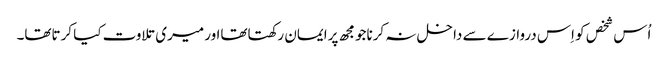
اُس شخص کو اِس دروازے سے داخل نہ کرناجومجھ پرایمان رکھتاتھااور میری تلاوت کیا کرتاتھا۔